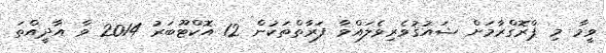
ވީމާ މި ޕްރޮގްރާމަށް ޝައުޤުވެރިވެލައްވާ ފަރާތްތަކުން 12 އޮކްޓޫބަރު 2014 ވާ އާދީއްތަ